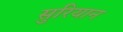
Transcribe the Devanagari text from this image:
सुरियान